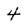
Character: 4